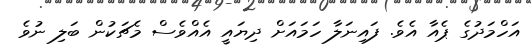
އަހްމަދުގެ ޕެއާ އެވެ. ފައިނަލާ ހަމައަށް ދިޔައީ އެއްވެސް މެޗަކުން ބަލި ނުވެ